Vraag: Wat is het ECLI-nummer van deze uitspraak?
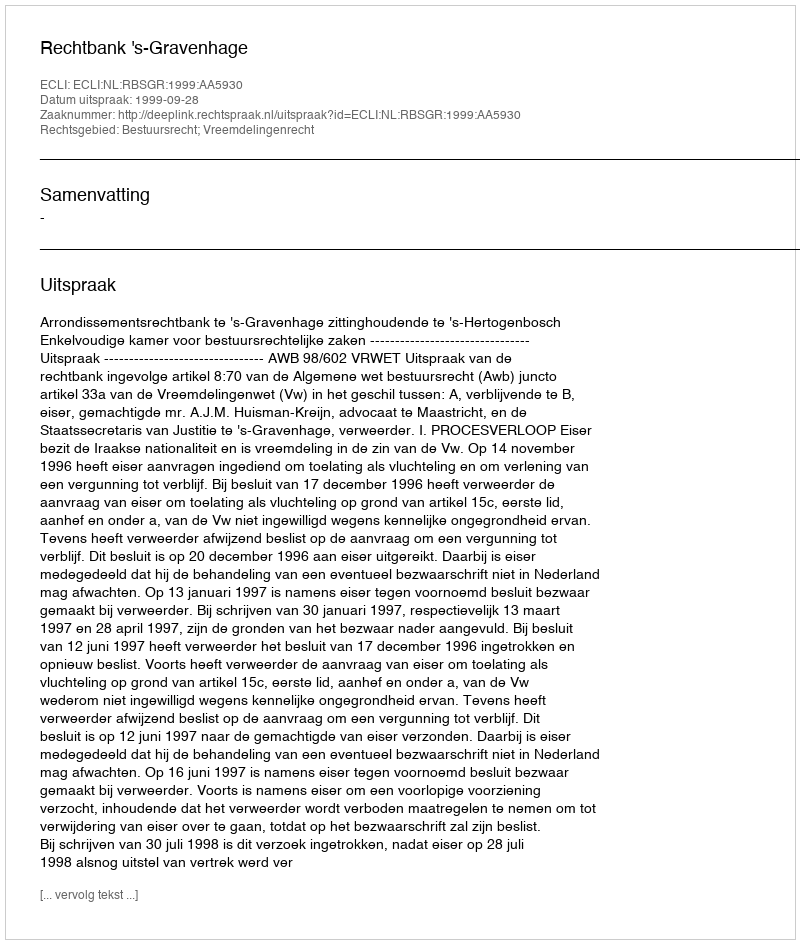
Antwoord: ECLI:NL:RBSGR:1999:AA5930